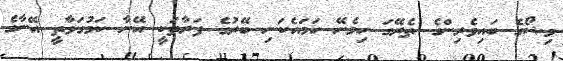
މިޝޯގެ ބައިވެރިންގެ ތެރޭގަ ހިމެނޭ ހަމައެކަނި ބޭރުގެ ފަރާތަކީ އޭނާ ކަމުގަވާތީ އޭނާގެ